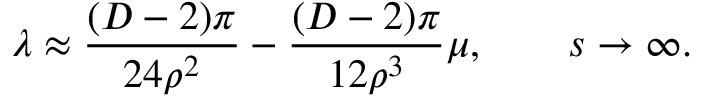
\lambda \approx \frac { ( D - 2 ) \pi } { 2 4 \rho ^ { 2 } } - \frac { ( D - 2 ) \pi } { 1 2 \rho ^ { 3 } } \mu , \qquad s \rightarrow \infty .